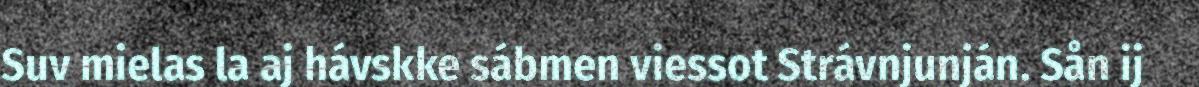
Suv mielas la aj hávskke sábmen viessot Strávnjunján. Sån ij